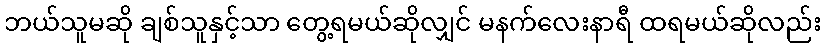
ဘယ်သူမဆို ချစ်သူနှင့်သာ တွေ့ရမယ်ဆိုလျှင် မနက်လေးနာရီ ထရမယ်ဆိုလည်း